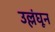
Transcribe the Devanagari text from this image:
उल्लंघून